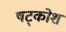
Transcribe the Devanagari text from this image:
षट्कोश